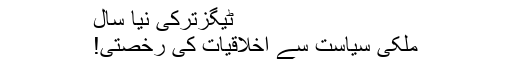
ٹیگزترکی نیا سال
ملکی سیاست سے اخلاقیات کی رخصتی!